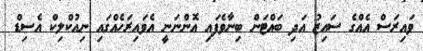
ވައިރަސް އެއްގެ ސައިޒު އަދި ބައްޓަން ބިނާވެފައި އޮންނަނީ އެވައިރަހެއްގައި ނިއުކްލިކް އެސިޑް